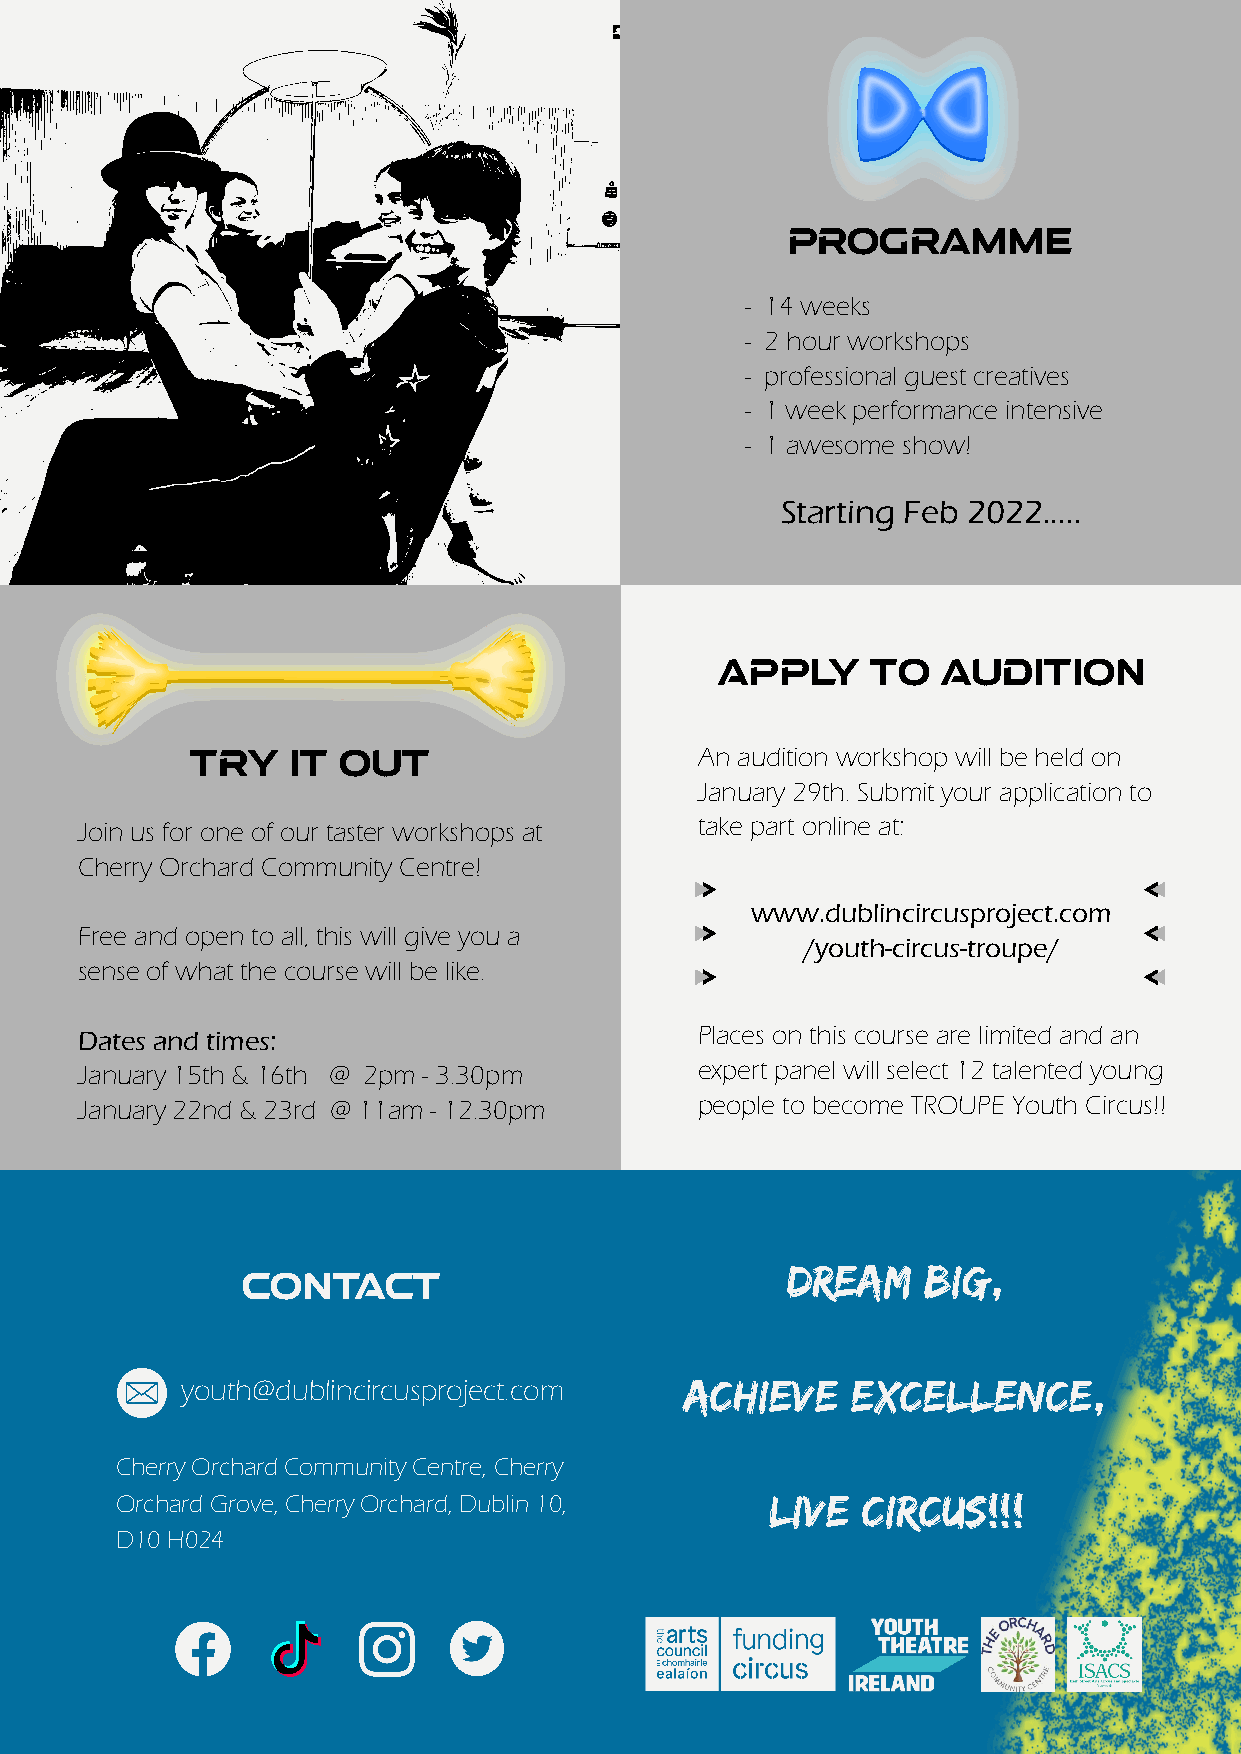
Programme
 - 14 weeks
 - 2 hour workshops
 - professional guest creatives
 - 1 week performance intensive
 - 1 awesome show!
 Starting Feb 2022.....
 apply     to  audition
 try   it out                     An audition workshop will be held on
 January 29th. Submit your application to
 Join us for one of our taster workshops at take part online at:
 Cherry Orchard Community Centre!
 www.dublincircusproject.com
 Free and open to all, this will give you a
 /youth-circus-troupe/
 sense of what the course will be like.
 Dates and times:                         Places on this course are limited and an
 January 15th & 16th @ 2pm - 3.30pm       expert panel will select 12 talented young
 January 22nd & 23rd @ 11am - 12.30pm     people to become TROUPE Youth Circus!!
 Dream    Big,
 contact
 yyoouutthh@@dduubblliinncciirrccuusspprroojjeecctt..ccoomm Achieve Excellence,
 CChheerrrryy OOrrcchhaarrdd CCoommmmuunniittyy CCeennttrree,, CChheerrrryy
 OOrrcchhaarrdd GGrroovvee,, CChheerrrryy OOrrcchhaarrdd,, DDuubblliinn 1100,, Live Circus!!!
 DD1100 HH002244